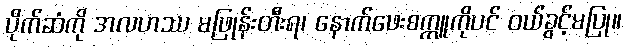
ပိုက်ဆံကို အလဟဿ မဖြုန်းတီးရ၊ နောက်ဖေးစက္ကူကိုပင် ဝယ်ခွင့်မပြု။